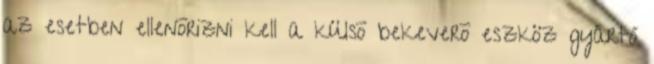
az esetben ellenõrizni kell a külsõ bekeverõ eszköz gyártó